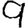
Digit: 9